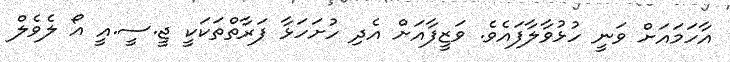
އާހަމައަށް ވަނީ ހުޅުވާލާފައެވެ. ވަޒީފާއަށް އެދި ހުށަހަޅާ ފަރާތްތަކަކީ ޖީ.ސީ.އީ އޯ ލެވެލް